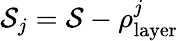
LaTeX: \mathcal{S}_{j}=\mathcal{S}-\rho_{\mathrm{{layer}}}^{j}